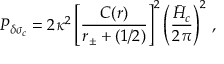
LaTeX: { \cal P } _ { \delta \sigma _ { c } } = 2 \kappa ^ { 2 } \left[ { \frac { C ( r ) } { r _ { \pm } + ( 1 / 2 ) } } \right] ^ { 2 } \left( { \frac { \bar { H } _ { c } } { 2 \pi } } \right) ^ { 2 } \, ,